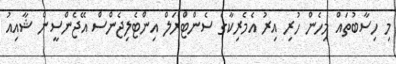
މި ހިސާބުތައް މިހެން ހުރި އިރު އެމެރިކާގެ ސެންޓްރަލް އިންޓެލިޖެންސް އޭޖެންސީން ޝާއިއު